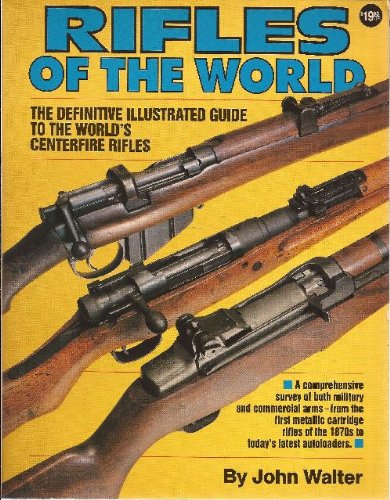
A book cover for Rifles of the World: The Definitive Illustrated Guide to the World's Centre-Fire Rifles, from 1875 to the Present Day; John Walter; Crafts, Hobbies & Home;